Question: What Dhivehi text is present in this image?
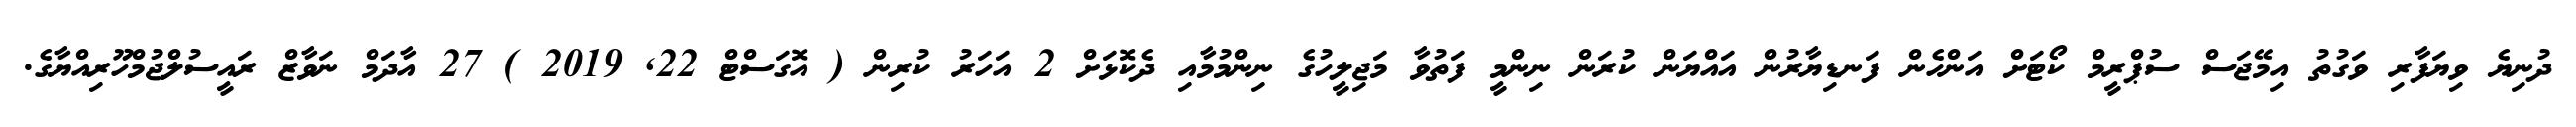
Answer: ދުނިޔެ ވިޔަފާރި ވަގުތު އިމޭޖަސް ސުޕްރީމް ކޯޓަށް އަންހެން ފަނޑިޔާރުން އައްޔަން ކުރަން ނިންމީ ފަތުވާ މަޖިލީހުގެ ނިންމުމާއި ދެކޮޅަށް 2 އަހަރު ކުރިން ( އޮގަސްޓް 22, 2019 ) 27 އާދަމް ނަވާޒް ރައީސުލްޖުމްހޫރިއްޔާގެ.